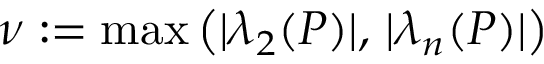
\nu : = \operatorname* { m a x } \big ( | \lambda _ { 2 } ( P ) | , \, | \lambda _ { n } ( P ) | \big )